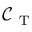
\mathcal { C } _ { \mathrm { ~ T ~ } }